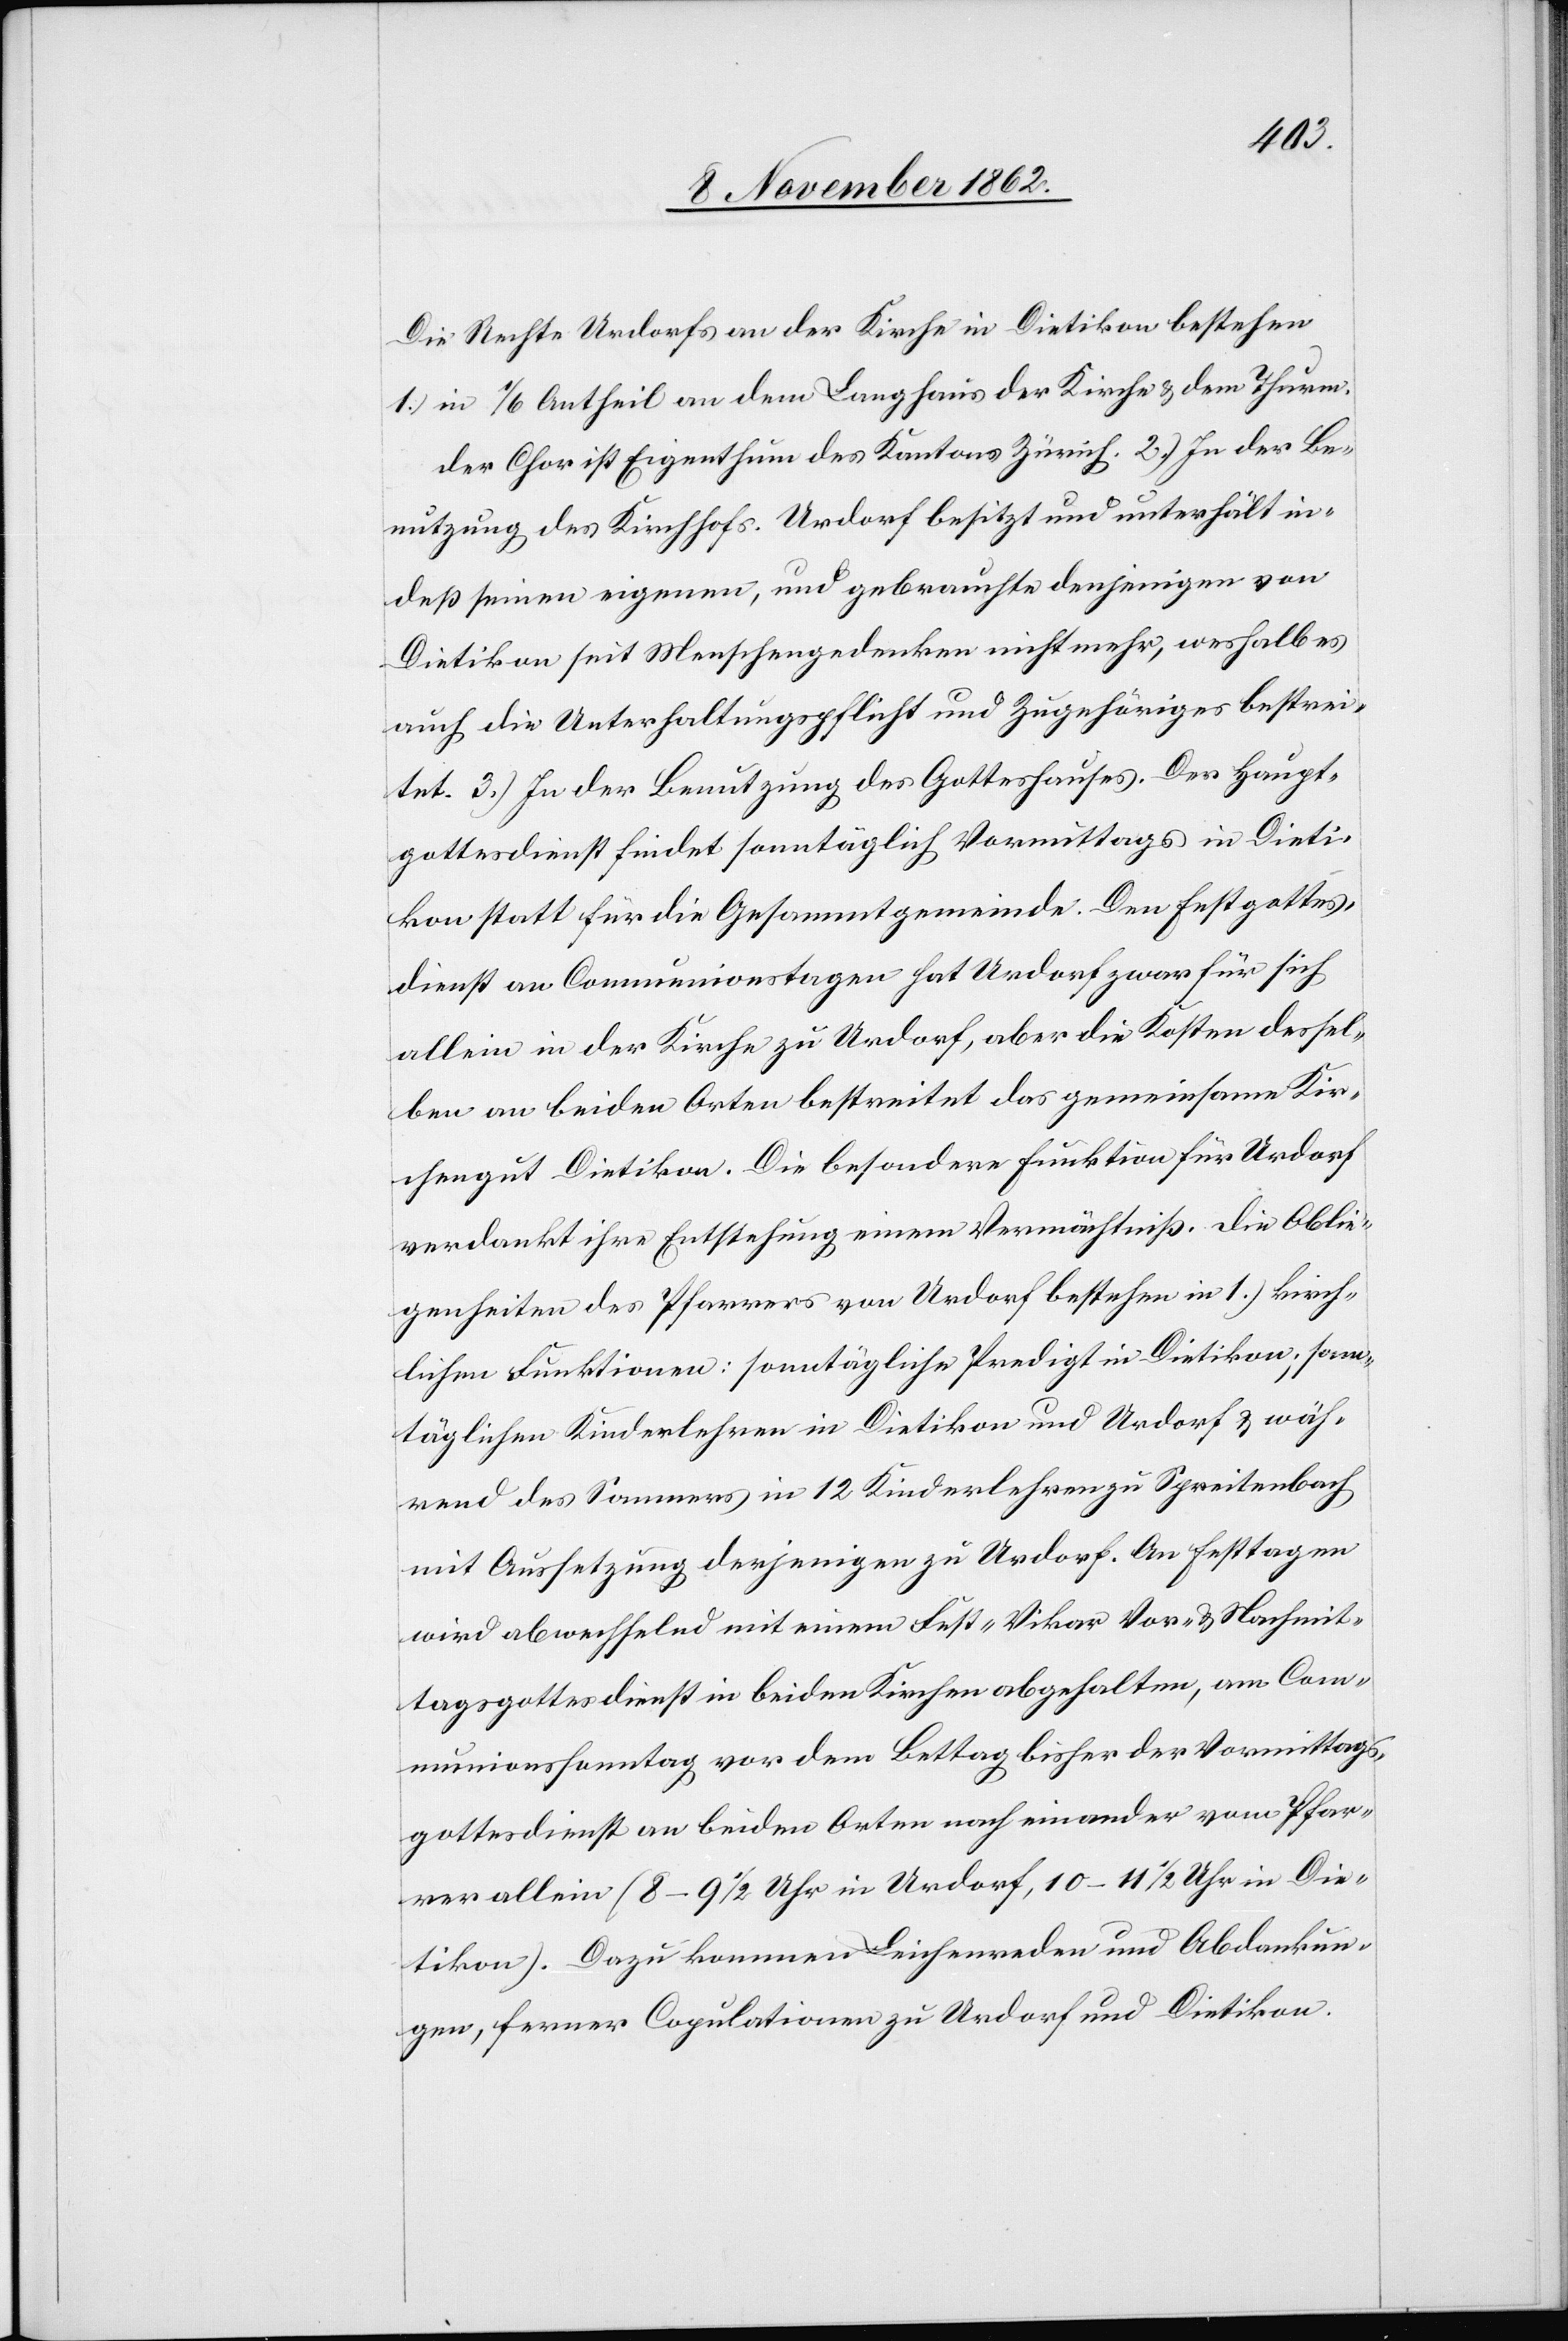
Die Rechte Urdorf an der Kirche in Dietikon bestehen
1.) in 1/6 Antheil an dem Langhaus der Kirche u. den Thurm.
Der Chor ist Eigenthum des Kantons Zürich. 2.) In der Be¬
nutzung des Kirchhofs. Urdorf besitzt und unterhält in¬
deß seinen eigenen, und gebrauche denjenigen von
Dietikon seit Menschengedenken nicht mehr, weshalb es
auch die Unterhaltungspflicht und Zugehöriges bestrei¬
tet. 3.) In der Benutzung des Gotteshauses. Der Haupt¬
gottesdienst findet sonntäglich Vormittags in Dieti¬
kon statt für die Gesammtgemeinde. Den Festgottes¬
dienst an Communionstagen hat Urdorf zwar für sich
allein in der Kirche zu Urdorf, aber die Kosten dessel¬
ben an beiden Orten bestreitet das gemeinsame Kir¬
chengut Dietikon. Die besondere Funktion für Urdorf
verdankt ihre Entstehung einem Vermächtniß. Die Oblie¬
genheiten des Pfarrers von Urdorf bestehen in 1.) kirch¬
lichen Funktionen: sonntägliche Predigt in Dietikon; sonn¬
täglichen Kinderlehren in Dietikon und Urdorf u. wäh¬
rend des Sommers in 12 Kinderlehren zu Spreitenbach
mit Aussetzung derjenigen zu Urdorf. An Festtagen
wird abwechselnd mit einem Fest-Vikar Vor- u. Nachmit¬
tagsgottesdienst in beiden Kirchen abgehalten, am Com¬
munionssonntag vor dem Bettag bisher der Vormittags¬
gottesdienst an beiden Orten nach einander vom Pfar¬
rer allein (8–9 1/2 Uhr in Urdorf, 10–11 1/2 Uhr in Die¬
tikon). Dazu kommen Leichenreden und Abdankun¬
gen, ferner Copulationen zu Urdorf und Dietikon.